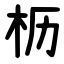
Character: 枥